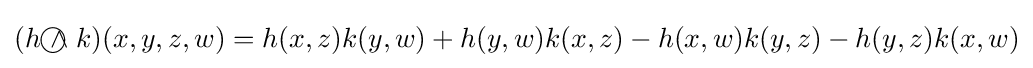
(h{~\wedge \!\!\!\!\!\!\!\!\;\bigcirc ~}k)(x,y,z,w)=h(x,z)k(y,w)+h(y,w)k(x,z)-h(x,w)k(y,z)-h(y,z)k(x,w)